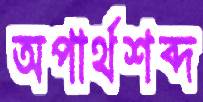
অপার্থশব্দ